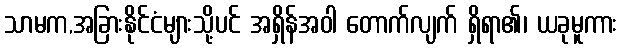
သာမက,အခြားနိုင်ငံများသို့ပင် အရှိန်အဝါ တောက်လျက် ရှိရာ၏၊ ယခုမူကား